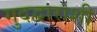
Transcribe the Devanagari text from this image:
गुदद्वाराशी